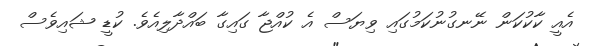
އެއީ ކާކުކަން ނޭނގުނުކަމުގައި ވިޔަސް އެ ކުއްޖާ ގައިގާ ބައްދާލިއެވެ. ކުޑީ ޝައިވެސް